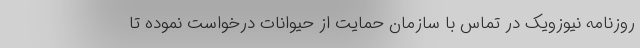
روزنامه نیوزویک در تماس با سازمان حمایت از حیوانات درخواست نموده تا